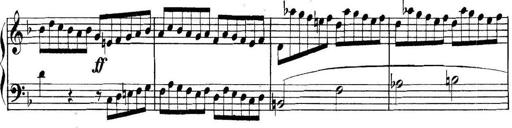
Title: Collected Piano Sonatas
Composer: Muzio Clementi